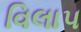
વિલાપ